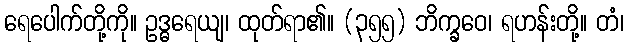
ရေပေါက်တို့ကို။ ဥဒ္ဓရေယျ၊ ထုတ်ရာ၏။ (၃၅၅) ဘိက္ခဝေ၊ ရဟန်းတို့။ တံ၊